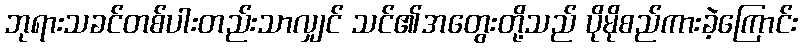
ဘုရားသခင်တစ်ပါးတည်းသာလျှင် သင်၏အတွေးတို့သည် ပိုမိုစည်ကားခဲ့ကြောင်း